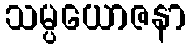
သမ္ပယောဇနာ